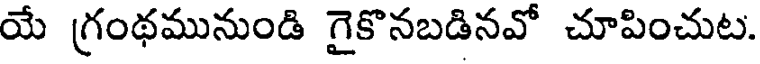
యే గ్రంథమునుండి గైకొనబడినవో చూపించుట.